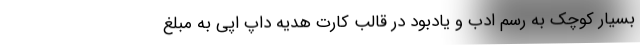
بسیار کوچک به رسم ادب و یادبود در قالب کارت هدیه داپ اَپی به مبلغ